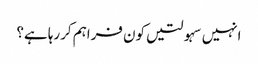
انہیں سہولتیں کون فراہم کررہا ہے؟